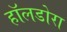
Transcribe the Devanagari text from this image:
हॉलडोरा